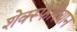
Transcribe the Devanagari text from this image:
शेक्स्फेरियान